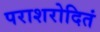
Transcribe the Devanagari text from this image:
पराशरोदितं